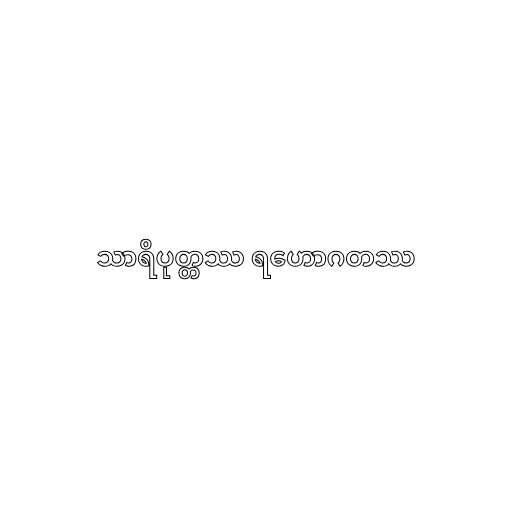
သာရိပုတ္တဿ ရဟောဂတဿ